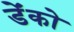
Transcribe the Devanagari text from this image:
डेंको